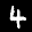
Label: 4